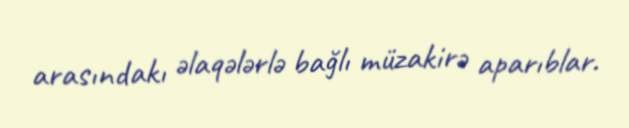
arasındakı əlaqələrlə bağlı müzakirə aparıblar.